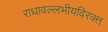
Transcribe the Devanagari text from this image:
राधावल्लभीयविरक्त